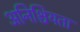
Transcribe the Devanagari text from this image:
अनिश्चियता